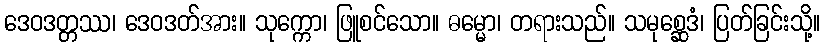
ဒေဝဒတ္တဿ၊ ဒေဝဒတ်အား။ သုက္ကော၊ ဖြူစင်သော။ ဓမ္မော၊ တရားသည်။ သမုစ္ဆေဒံ၊ ပြတ်ခြင်းသို့။